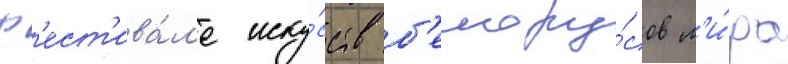
ф'ест'ива́л'е иску́сств б'елору́сов м'и́ра